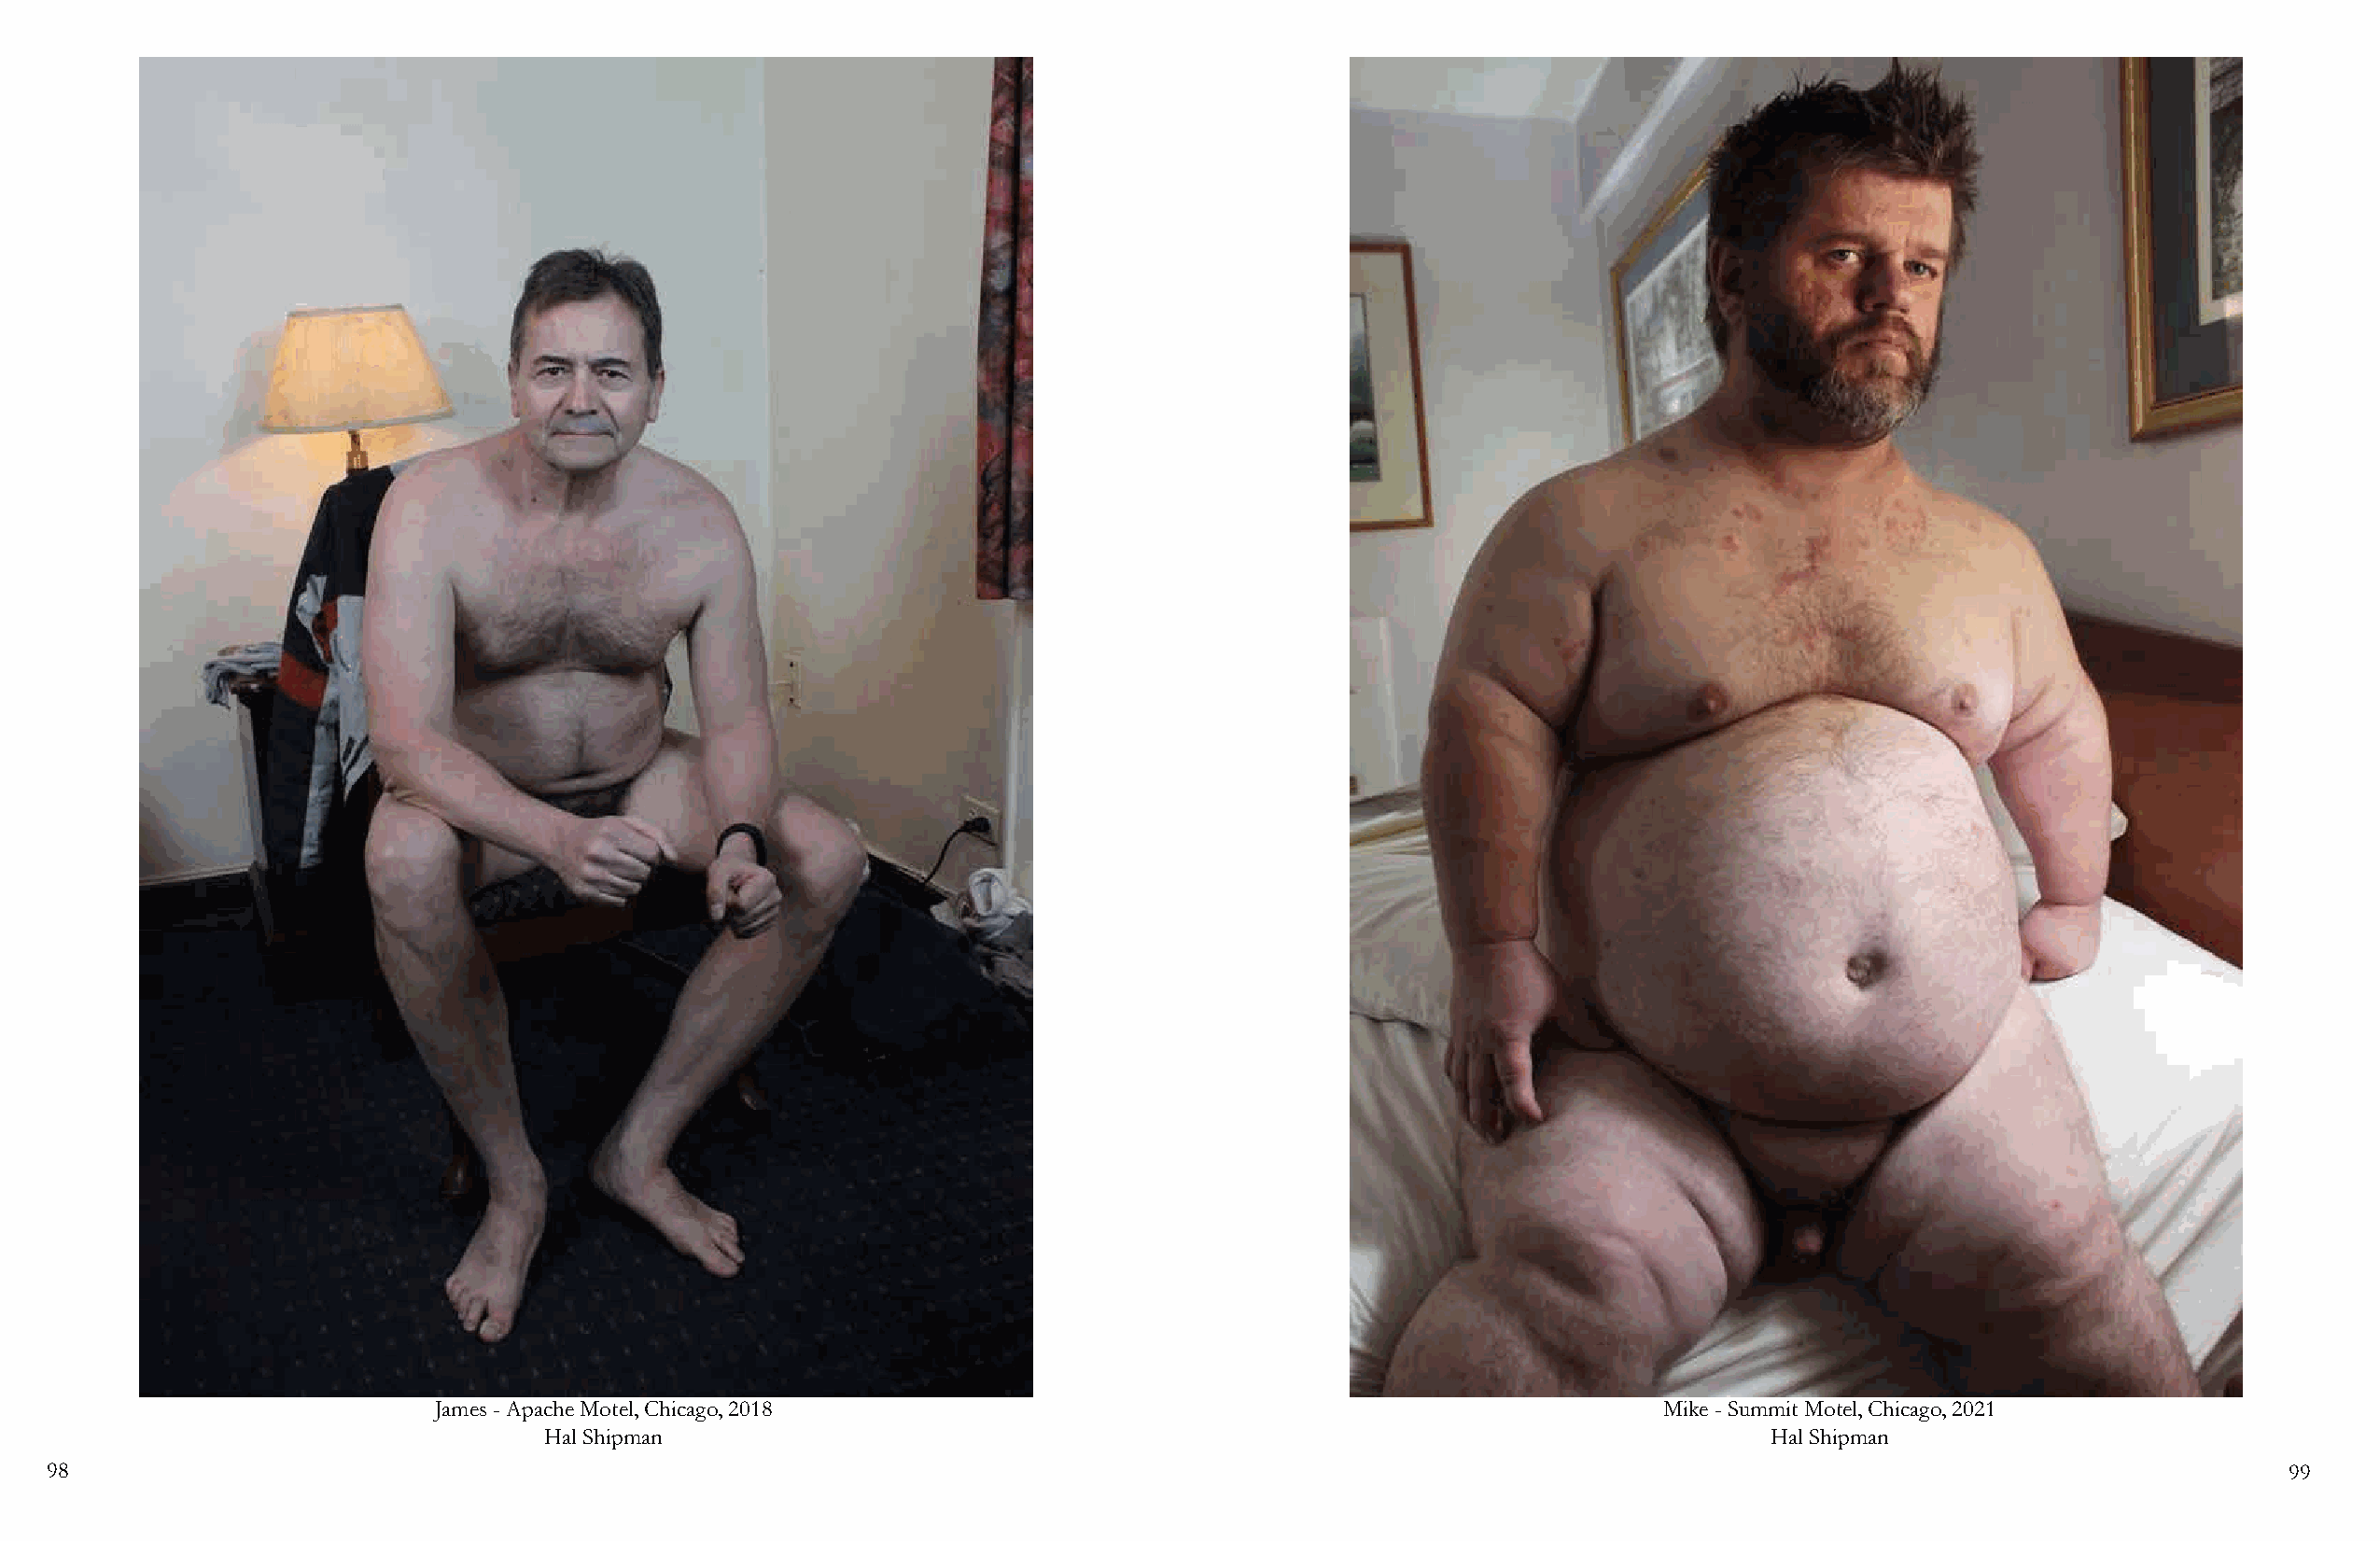
James - Apache Motel, Chicago, 2018                                                    Mike - Summit Motel, Chicago, 2021
 Hal Shipman                                                                            Hal Shipman
 98                                                                                                                                                             99